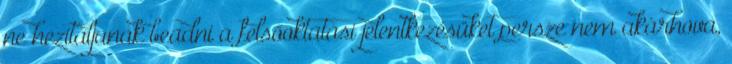
ne hezitáljanak beadni a felsőoktatási jelentkezésüket persze nem akárhova,